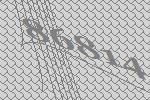
86814